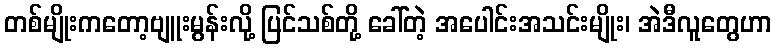
တစ်မျိုးကတော့ဗျူးမွန်းလို့ ပြင်သစ်တို့ ခေါ်တဲ့ အပေါင်းအသင်းမျိုး၊ အဲဒီလူတွေဟာ